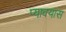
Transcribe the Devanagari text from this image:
प्यावयास